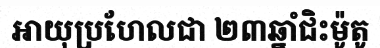
អាយុប្រហែលជា ២៣ឆ្នាំជិះម៉ូតូ